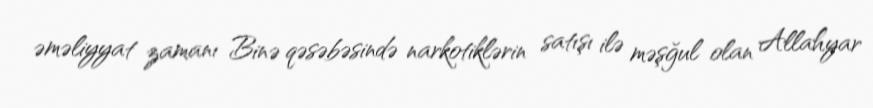
əməliyyat zamanı Binə qəsəbəsində narkotiklərin satışı ilə məşğul olan Allahyar